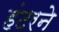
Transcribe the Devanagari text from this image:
हंटरने